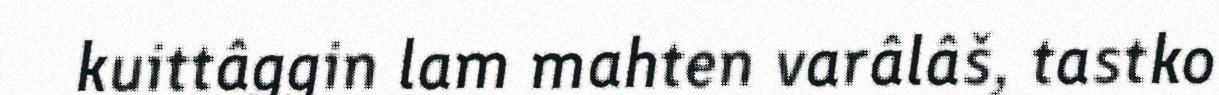
kuittâggin lam mahten varâlâš, tastko